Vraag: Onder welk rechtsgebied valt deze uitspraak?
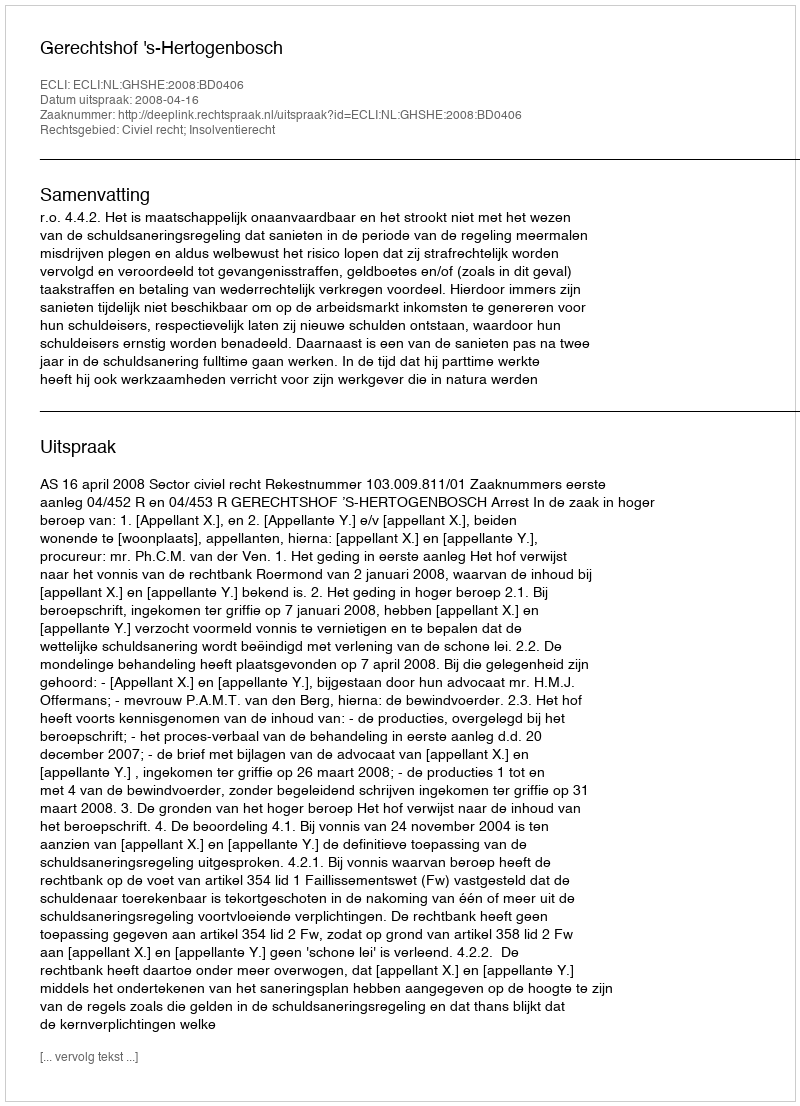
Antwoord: Civiel recht; Insolventierecht